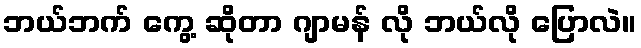
ဘယ်ဘက် ကွေ့ ဆိုတာ ဂျာမန် လို ဘယ်လို ပြောလဲ။